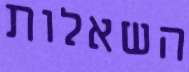
השאלות